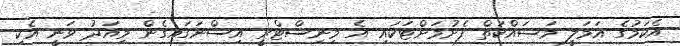
އެކަމުގެ އަމަލީ މަސައްކަތް ފެށުމަށްޓަކައި އެ މިނިސްޓްރީ އިސްނަގައިގެން މިއަދު ވަނީ އެކި